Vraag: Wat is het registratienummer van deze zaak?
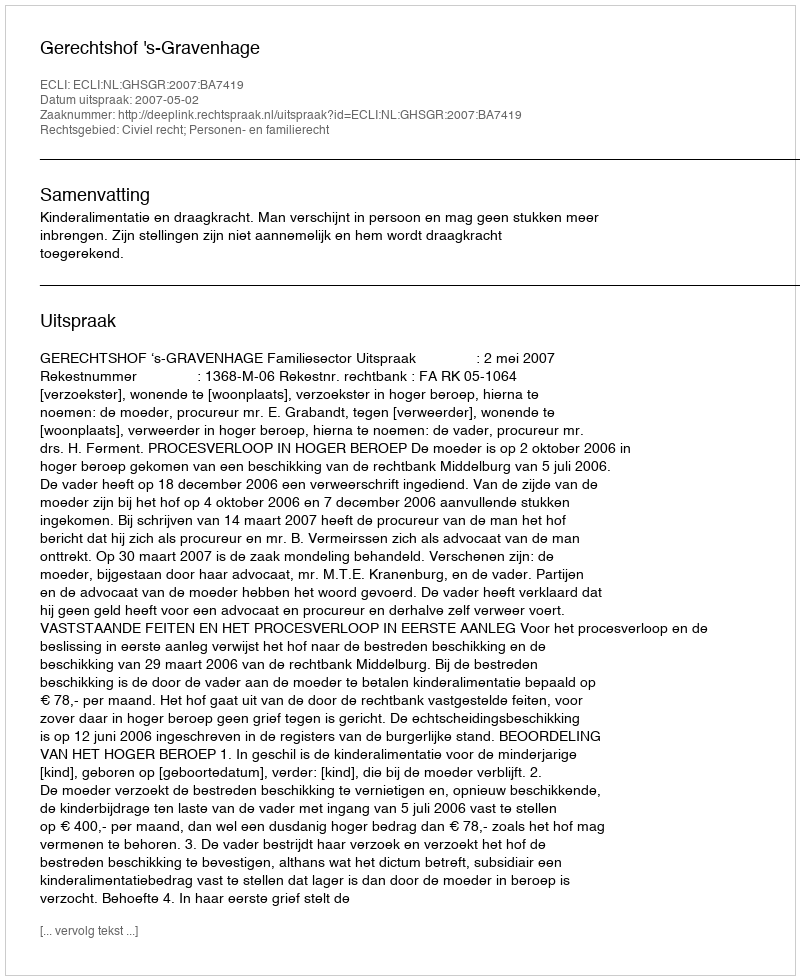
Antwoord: http://deeplink.rechtspraak.nl/uitspraak?id=ECLI:NL:GHSGR:2007:BA7419